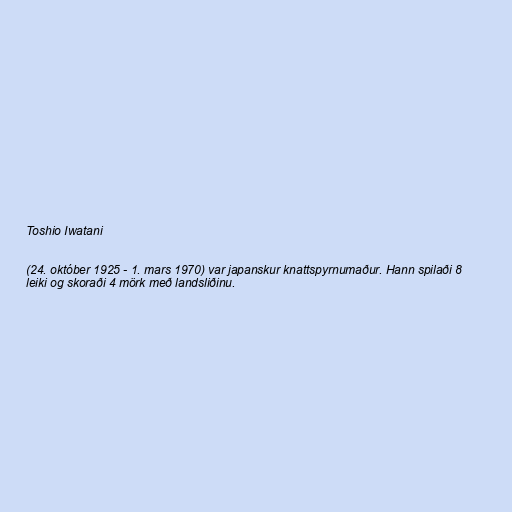
Toshio Iwatani

(24. október 1925 - 1. mars 1970) var japanskur knattspyrnumaður. Hann spilaði 8
leiki og skoraði 4 mörk með landsliðinu.